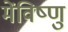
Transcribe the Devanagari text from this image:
मेंविष्णु